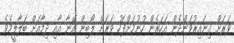
ވަރަށް ގިނައިރުވަންދެން އަހަރެން ހުނުމަށްފަހު ވަރަށް ލޯބިން އޭނާ އާއި ދިމާއަށް ބަލާލީމެވެ